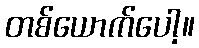
တစ်ယောက်ပေါ့။